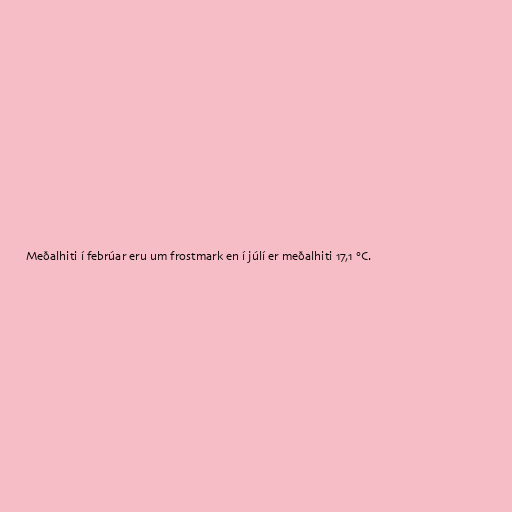
Meðalhiti í febrúar eru um frostmark en í júlí er meðalhiti 17,1 °C.